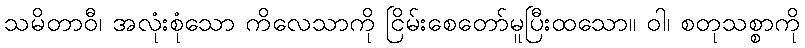
သမိတာဝီ၊ အလုံးစုံသော ကိလေသာကို ငြိမ်းစေတော်မူပြီးထသော။ ဝါ၊ စတုသစ္စာကို